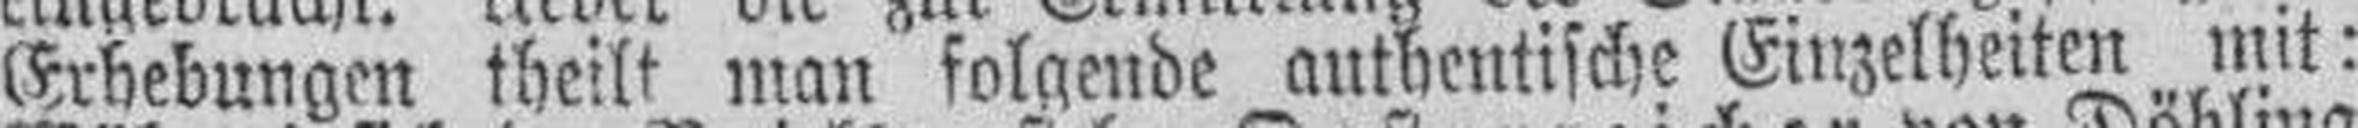
Erhebungen theilt man folgende authentische Einzelheiten mit: